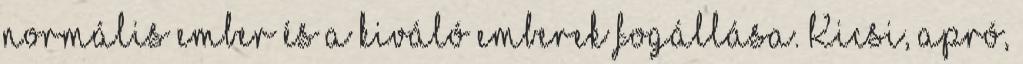
normális ember és a kiváló emberek fogállása. Kicsi, apró,